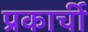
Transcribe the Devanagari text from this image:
प्रकार्ची